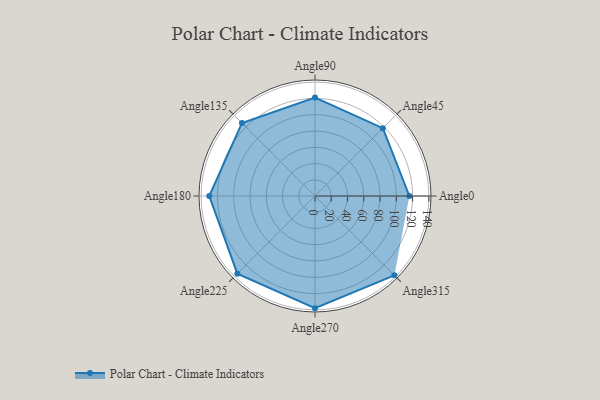
{"axis": {"x": "Angle", "y": "Radius"}, "legend": [""], "data": [{"x": "Angle0", "y": 116.0, "type": ""}, {"x": "Angle45", "y": 118.0, "type": ""}, {"x": "Angle90", "y": 121.0, "type": ""}, {"x": "Angle135", "y": 127.0, "type": ""}, {"x": "Angle180", "y": 130.0, "type": ""}, {"x": "Angle225", "y": 135.0, "type": ""}, {"x": "Angle270", "y": 138.0, "type": ""}, {"x": "Angle315", "y": 138.0, "type": ""}]}